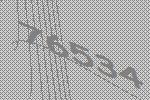
76534